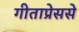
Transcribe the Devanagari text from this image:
गीताप्रेससे